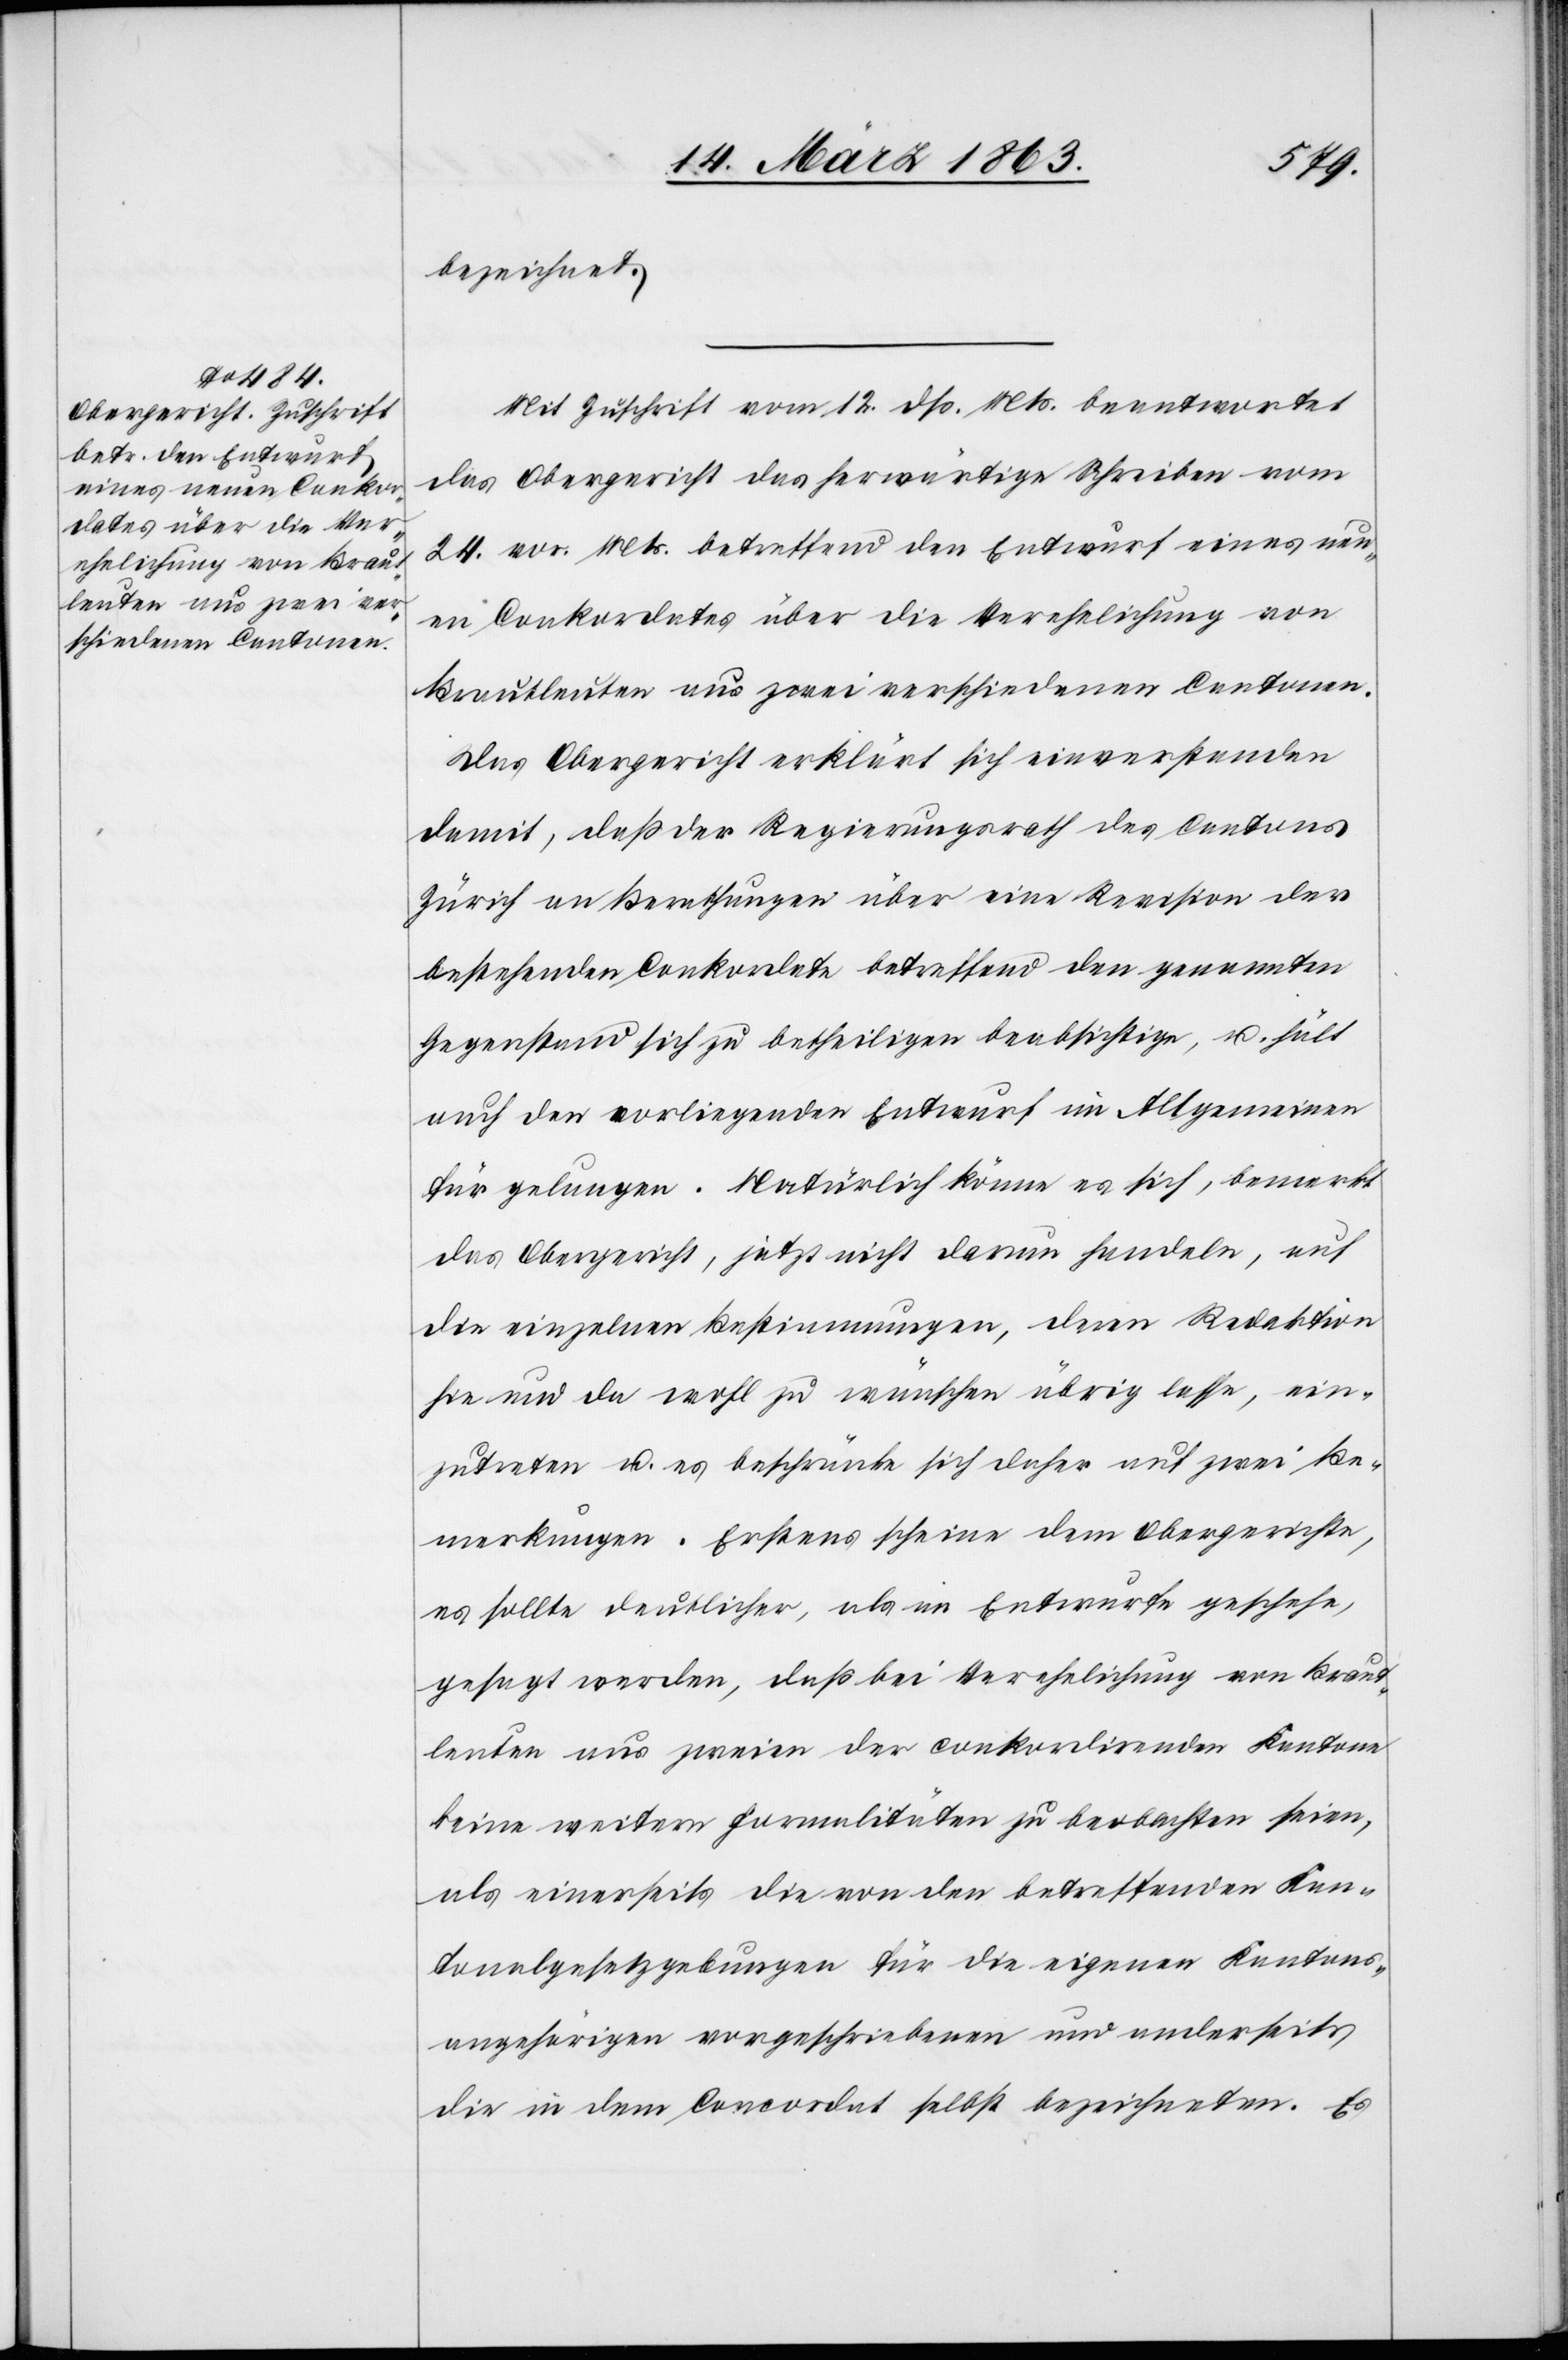
bezeichnet.
Mit Zuschrift vom 12. dß. Mts. beantwortet
das Obergericht das herwärtige Schreiben vom
24. vor. Mts. betreffend den Entwurf eines neu¬
en Conkordates über die Verehelichung von
Brautleuten aus zwei verschiedenen Cantonen.
Das Obergericht erklärt sich einverstanden
damit, daß der Regierungsrath des Cantons
Zürich an Berathungen über eine Revision der
bestehenden Conkordate betreffend den genannten
Gegenstand sich zu betheiligen beabsichtige, u. hält
auch den vorliegenden Entwurf im Allgemeinen
für gelungen. Natürlich könne es sich, bemerkt
das Obergericht, jetzt nicht darum handeln, auf
die einzelnen Bestimmungen, deren Redaktion
hie und da wohl zu wünschen übrig lasse, ein¬
zutreten u. es beschränke sich daher auf zwei Be¬
merkungen. Erstens scheine dem Obergerichte,
es sollte deutlicher, als im Entwurfe geschehe,
gesagt werden, daß bei Verehelichung von Braut¬
leuten aus zweien der conkordirenden Kantone
keine weitern Formalitäten zu beobachten seien,
als einerseits die von den betreffenden Kan¬
tonalgesetzgebungen für die eigenen Kantons¬
angehörigen vorgeschriebenen und anderseits
die in dem Concordat selbst bezeichneten. Es